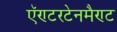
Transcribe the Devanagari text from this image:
ऍण्टरटेनमैण्ट